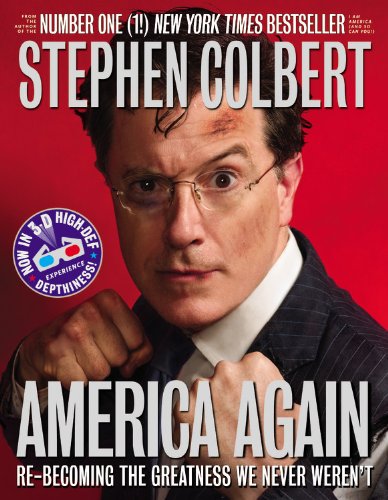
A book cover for America Again: Re-becoming the Greatness We Never Weren't; Stephen Colbert; Humor & Entertainment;